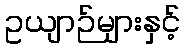
ဥယျာဉ်များနှင့်